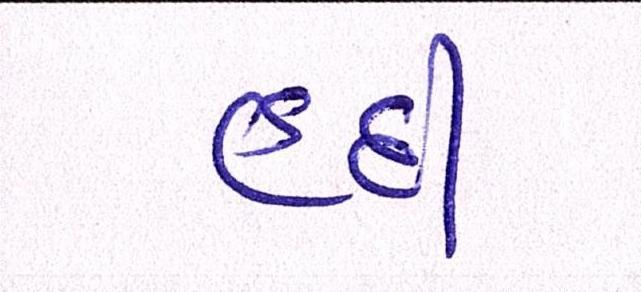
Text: હદી